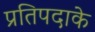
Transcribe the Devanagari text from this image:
प्रतिपदाके